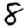
Digit: 8